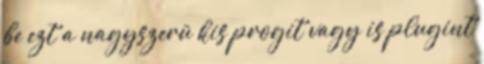
be ezt a nagyszerü kis progit vagy is plugint